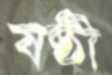
ষষ্ঠী